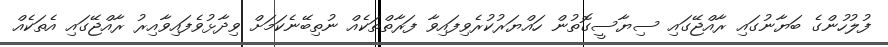
ފުލުހުންގެ ބަޔާނުގައި ރާއްޖޭގައި ސިޔާސީގޮތުން ހައްޔަރުކުރެވިފައިވާ ފަރާތްތަކެއް ނުތިބޭނެކަމަށް ވިދާޅުވެފައިވާއިރު ރާއްޖޭގައި އެތަކެއް